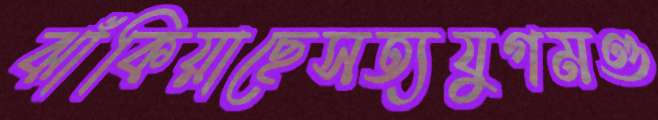
ঝাঁকিয়াছেসত্যযুগমণ্ড